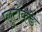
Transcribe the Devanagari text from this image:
प्लुटोकडे